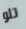
تلو